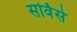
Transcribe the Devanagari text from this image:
सर्विसे